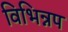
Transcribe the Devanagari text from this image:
विभिन्नप